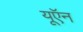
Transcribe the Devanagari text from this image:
यूऍन